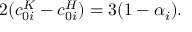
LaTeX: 2 ( c _ { 0 i } ^ { K } - c _ { 0 i } ^ { H } ) = 3 ( 1 - \alpha _ { i } ) .